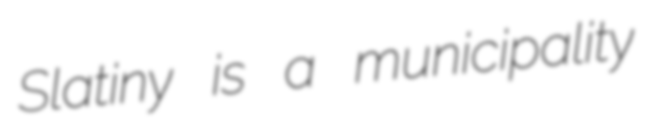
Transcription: Slatiny is a municipality